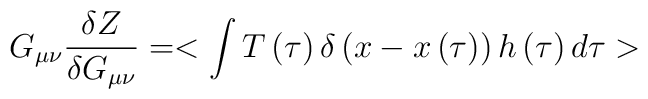
G_{\mu\nu}{\delta Z \over \delta G_{\mu\nu}}=<\int{T\left( \tau\right)\delta\left( x-x\left( \tau \right) \right)h\left( \tau\right)d\tau}>